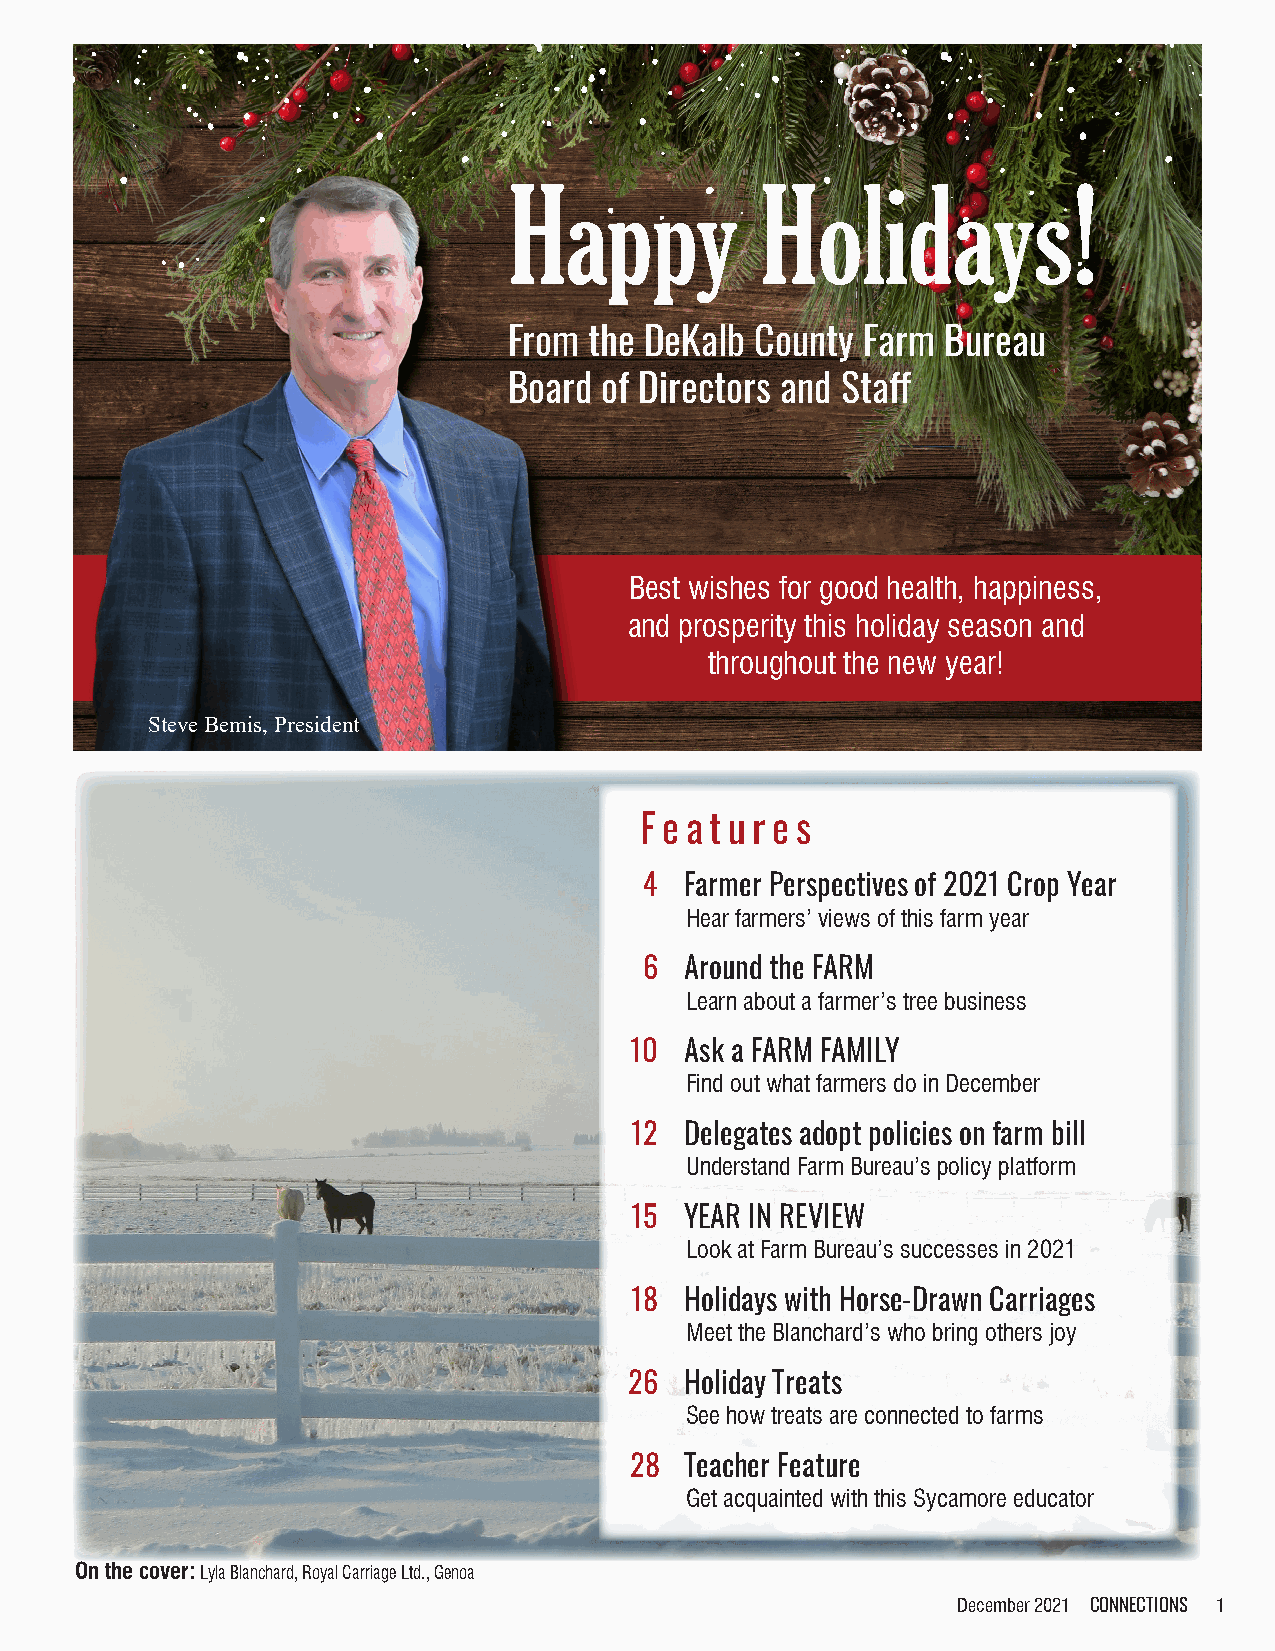
Happy           Holidays!
 From the DeKalb County Farm  Bureau
 Board of Directors and Staff
 Best wishes for good health, happiness,
 and prosperity this holiday season and
 throughout the new year!
 Steve Bemis, President
 F e at u r e s
 4 Farmer Perspectives of 2021 Crop Year
 Hear farmers’ views of this farm year
 6 Around the FARM
 Learn about a farmer’s tree business
 10 Ask a FARM FAMILY
 Find out what farmers do in December
 12 Delegates adopt policies on farm bill
 Understand Farm Bureau’s policy platform
 15 YEAR IN REVIEW
 Look at Farm Bureau’s successes in 2021
 18 Holidays with Horse-Drawn Carriages
 Meet the Blanchard’s who bring others joy
 26 Holiday Treats
 See how treats are connected to farms
 28 Teacher Feature
 Get acquainted with this Sycamore educator
 On the cover: Lyla Blanchard, Royal Carriage Ltd., Genoa
 December 2021 CONNECTIONS 1